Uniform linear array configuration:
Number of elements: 48
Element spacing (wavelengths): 1
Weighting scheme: blackman
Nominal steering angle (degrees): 45
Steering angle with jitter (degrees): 44.061
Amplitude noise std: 0.05
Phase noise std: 0.05

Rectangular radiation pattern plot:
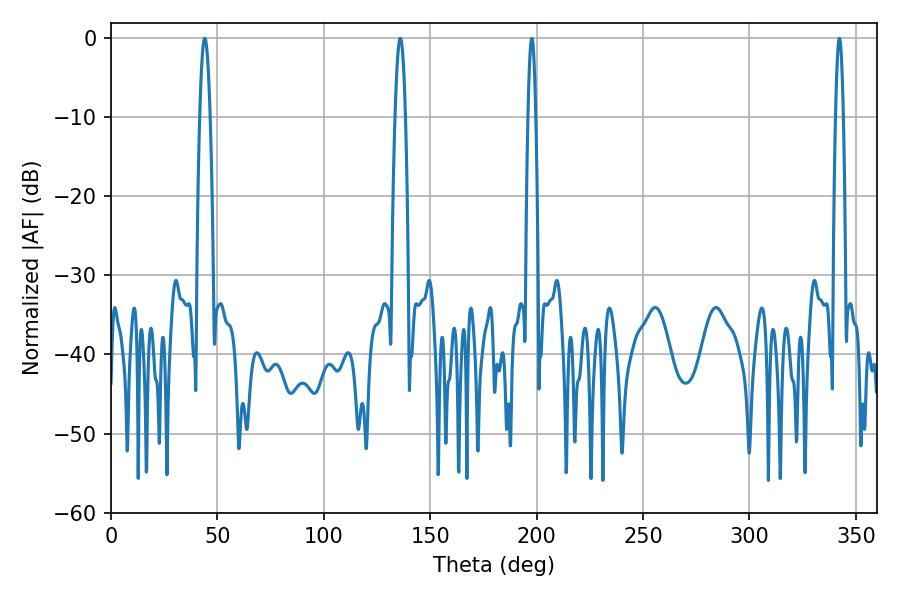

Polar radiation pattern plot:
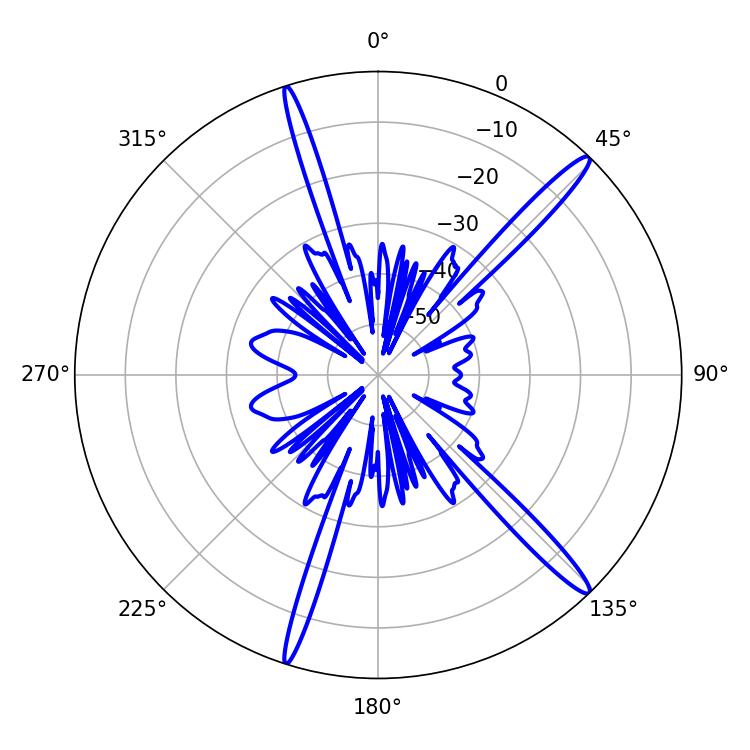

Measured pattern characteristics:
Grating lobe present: TRUE
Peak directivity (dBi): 16.24
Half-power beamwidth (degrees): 2.52
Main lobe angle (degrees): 135.9